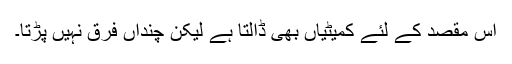
اس مقصد کے لئے کمیٹیاں بھی ڈالتا ہے لیکن چنداں فرق نہیں پڑتا۔